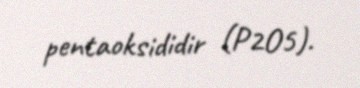
pentaoksididir (P2O5).